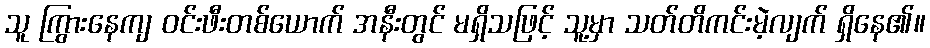
သူ ကြွားနေကျ ဝင်းဖီးတစ်ယောက် အနီးတွင် မရှိသဖြင့် သူ့မှာ သတ်တိကင်းမဲ့လျက် ရှိနေ၏။